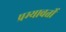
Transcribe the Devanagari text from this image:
प्रम्यावर्ती